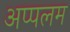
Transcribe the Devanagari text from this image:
अप्पलम